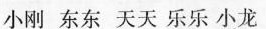
小刚 东东 天天 乐乐 小龙